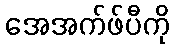
အေအက်ဖ်ပီကို